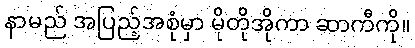
နာမည် အပြည့်အစုံမှာ မိုတိုအိုကာ ဆာကီကို။